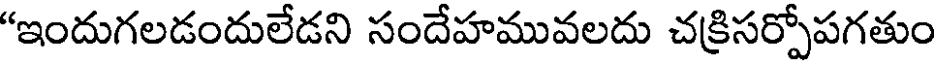
"ఇందుగలడందులేడని సందేహమువలదు చక్రిసర్పోపగతుం